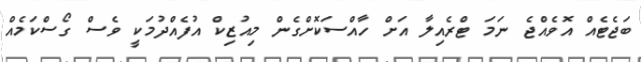
ބަޖެޓެއް އޮވެއްޖެ ނަމަ ޓްރެއިލާ އަށް ހާއްސަކޮށްގެން މިއުޒިކް އުފެއްދުމަކީ ވެސް ގޯސްކަމެއް